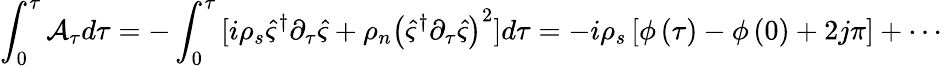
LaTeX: \int_{0}^{\tau}{\mathcal{A}_{\tau}d\tau}=-\int_{0}^{\tau}{[i\rho_{s}\hat{\varsigma}^{\dagger}\partial_{\tau}\hat{\varsigma}+\rho_{n}\left(\hat{\varsigma}^{\dagger}\partial_{\tau}\hat{\varsigma}\right)^{2}]d\tau}=-i\rho_{s}\left[\phi\left(\tau\right)-\phi\left(0\right)+2j\pi\right]+\cdots